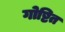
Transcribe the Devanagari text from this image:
गोष्टित